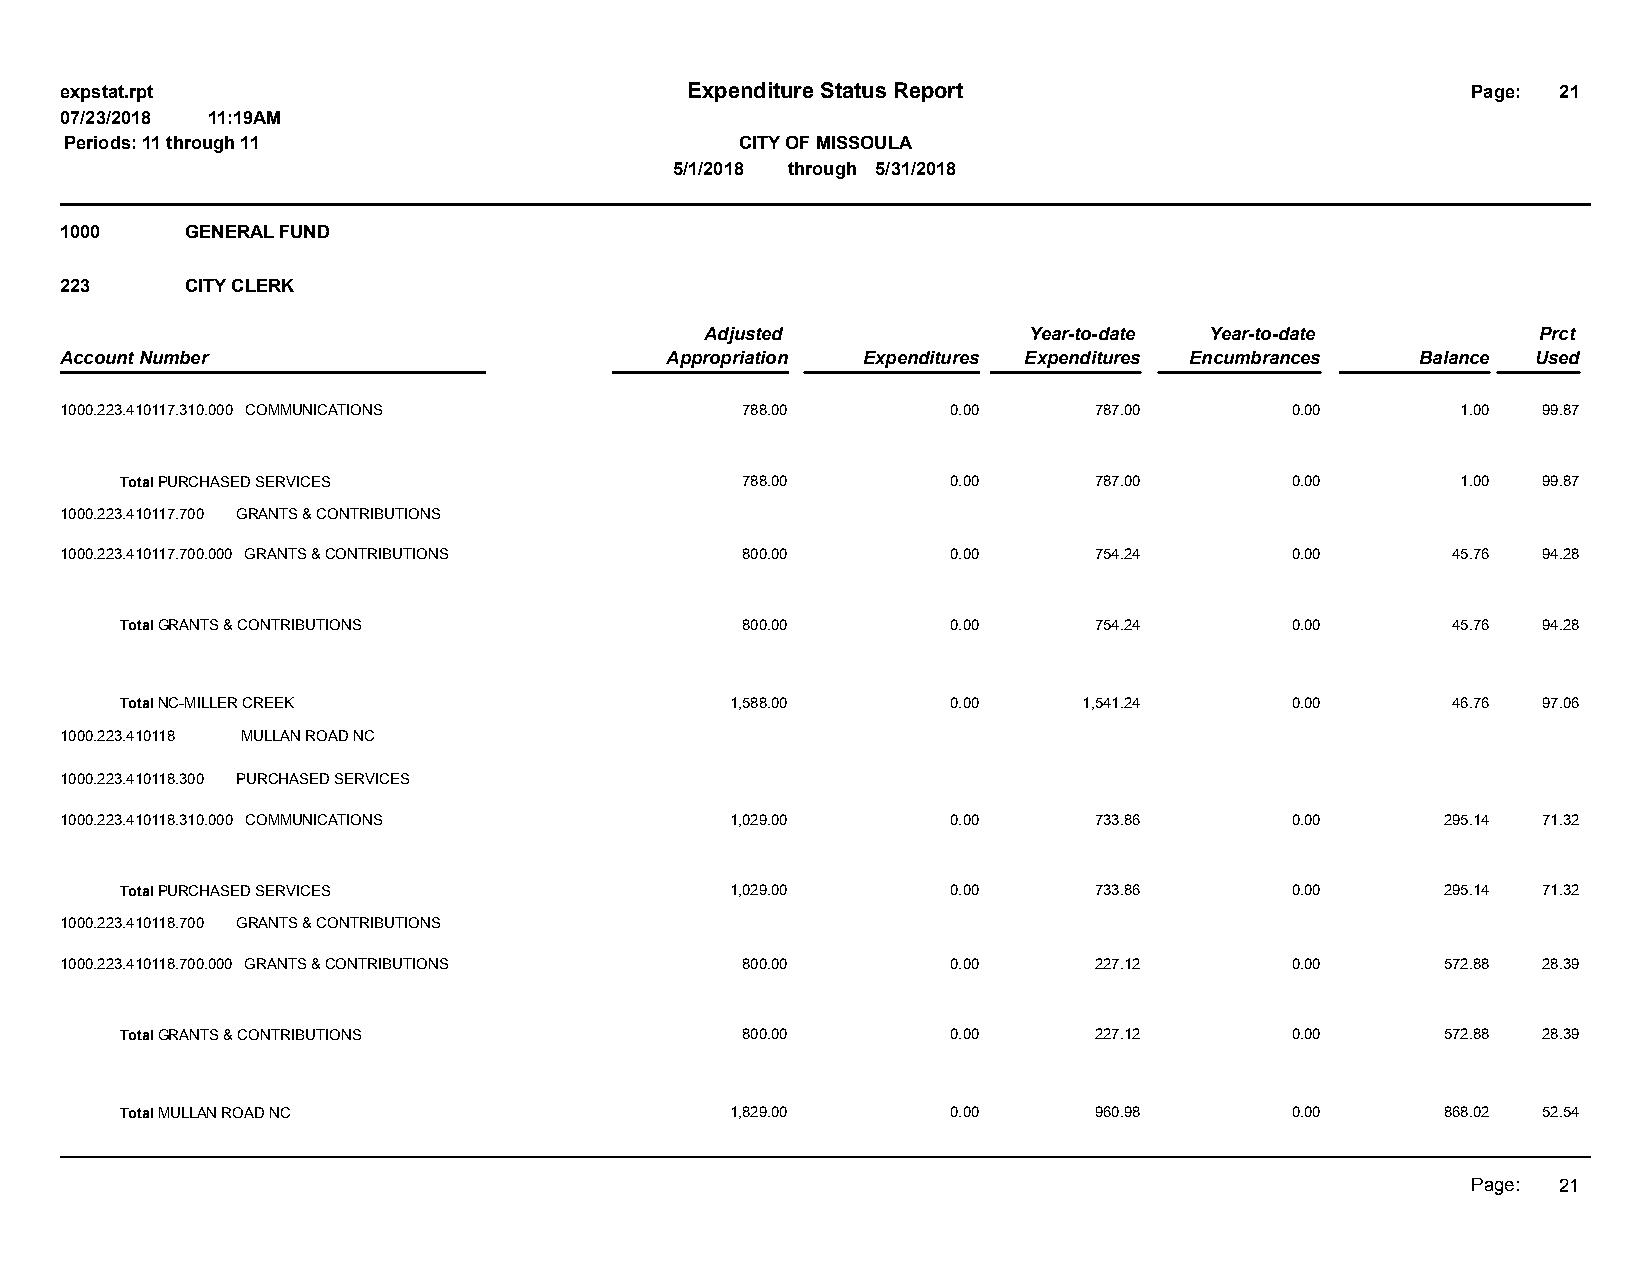
expstat.rpt                              Expenditure Status Report                           Page: 21
 07/23/2018 11:19AM
 Periods: 11 through 11                       CITY OF MISSOULA
 5/1/2018 through 5/31/2018
 1000    GENERAL FUND
 223     CITY CLERK
 Adjusted             Year-to-date Year-to-date         Prct
 Account Number                          Appropriation Expenditures Expenditures Encumbrances Balance Used
 1000.223.410117.310.000 COMMUNICATIONS       788.00        0.00     787.00       0.00        1.00 99.87
 Total PURCHASED SERVICES                 788.00        0.00     787.00       0.00        1.00 99.87
 1000.223.410117.700 GRANTS & CONTRIBUTIONS
 1000.223.410117.700.000 GRANTS & CONTRIBUTIONS 800.00      0.00     754.24       0.00       45.76 94.28
 Total GRANTS & CONTRIBUTIONS             800.00        0.00     754.24       0.00       45.76 94.28
 Total NC-MILLER CREEK                   1,588.00       0.00     1,541.24     0.00       46.76 97.06
 1000.223.410118 MULLAN ROAD NC
 1000.223.410118.300 PURCHASED SERVICES
 1000.223.410118.310.000 COMMUNICATIONS      1,029.00       0.00     733.86       0.00       295.14 71.32
 Total PURCHASED SERVICES                1,029.00       0.00     733.86       0.00       295.14 71.32
 1000.223.410118.700 GRANTS & CONTRIBUTIONS
 1000.223.410118.700.000 GRANTS & CONTRIBUTIONS 800.00      0.00     227.12       0.00       572.88 28.39
 Total GRANTS & CONTRIBUTIONS             800.00        0.00     227.12       0.00       572.88 28.39
 Total MULLAN ROAD NC                    1,829.00       0.00     960.98       0.00       868.02 52.54
 Page: 21